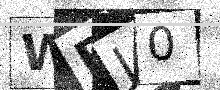
Text: WBJ0